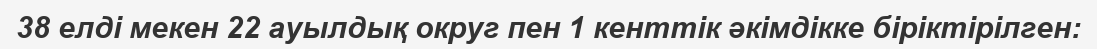
38 елді мекен 22 ауылдық округ пен 1 кенттік әкімдікке біріктірілген: